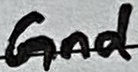
Text: Gnd